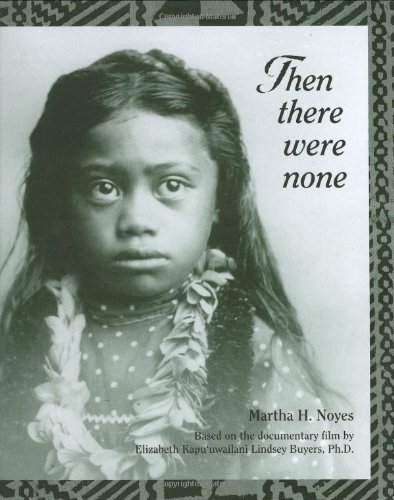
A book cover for Then There Were None; Martha H. Noyes; History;